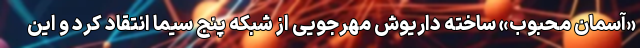
«آسمان محبوب» ساخته داریوش مهرجویی از شبکه پنج سیما انتقاد کرد و این